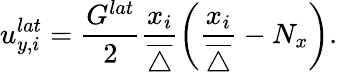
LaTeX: u_{y,i}^{lat}=\frac{G^{lat}}{2}\frac{x_{i}}{\overline{{\triangle}}}\left(\frac{x_{i}}{\overline{{\triangle}}}-N_{x}\right).